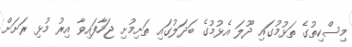
މިސްކިތުގެ ތަޅުމުގައި ދޫލަ އެޅުމުގެ ބަދަލުގައި ތަށިމުށި ޖަހާފައިވާ އިރު މުޅި ރަށަށް